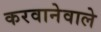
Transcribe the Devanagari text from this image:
करवानेवाले